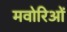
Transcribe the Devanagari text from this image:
मवोरिओं